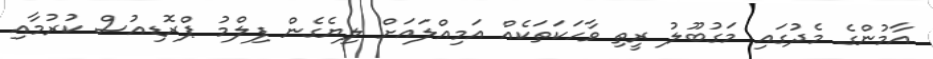
އާމުންގެ މެދުގައި މަގުބޫލު ރީތި ވާހަކަތަކެއް އަމިއްލައަށް ލިޔެގެން ފިލްމު ޕްރޮޑިއުސް ކުރުމާއި